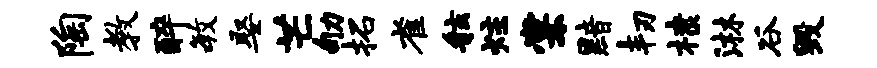
陶教醉毓娶芒劬拓雀舷炷棠黯韧棣淋谷毁